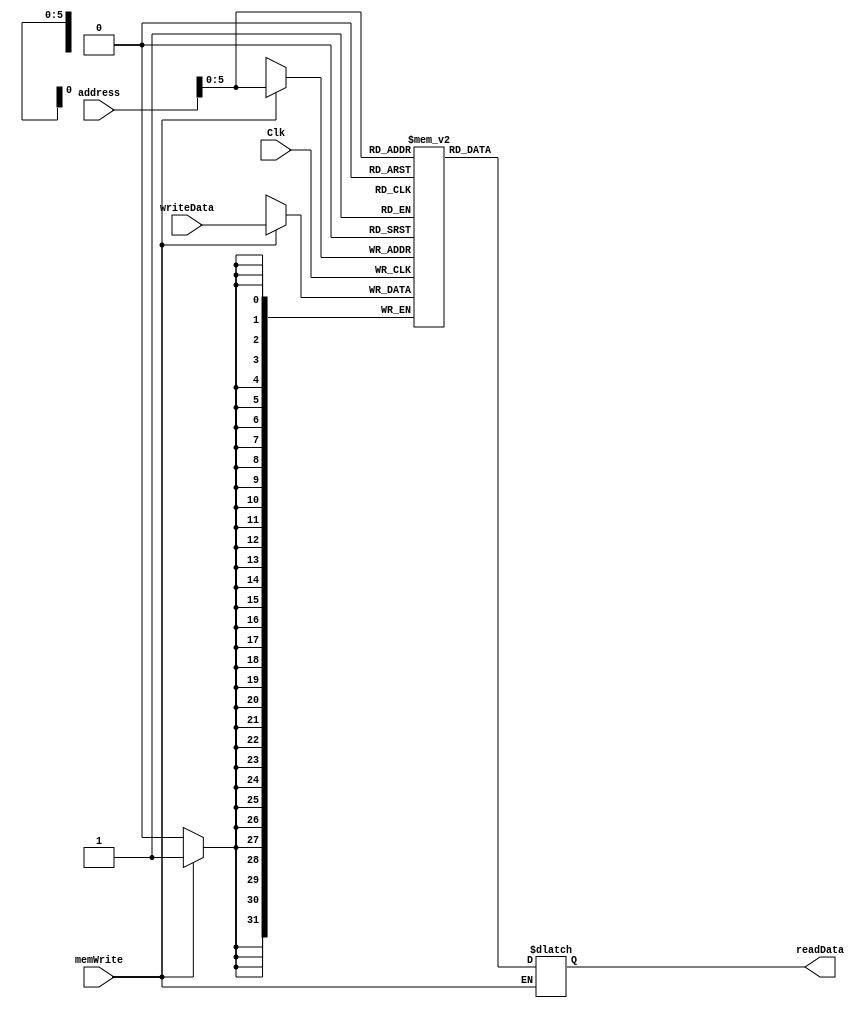
`timescale 1ns / 1ps
//////////////////////////////////////////////////////////////////////////////////
// Company: 
// Engineer: 
// 
// Design Name: 
// Module Name: dataMemory
// Project Name: 
// Target Devices: 
// Tool Versions: 
// Description: 
// 
// Dependencies: 
// 
// Revision:
// Revision 0.01 - File Created
// Additional Comments:
// 
//////////////////////////////////////////////////////////////////////////////////


module dataMemory(
    input Clk,
    input [31:0] address,
    input [31:0] writeData,
    input memWrite,
    //input memRead,
    output reg [31:0] readData
    );
    
    reg [31:0] memFile[0:63];
    
            
    always @(address)
        begin
            if(!memWrite) begin
                readData = memFile[address];
                $display("address is %d, and read data is %d",address,memFile[address]);
            end
        end
        
    always @(negedge Clk)
        begin
            if(memWrite) begin
                memFile[address] = writeData;
                $display("address is %d, and write data is %d",address,memFile[address]);
            end
        end
        
    //initial $readmemh("mem_data.mem", memFile);    
endmodule